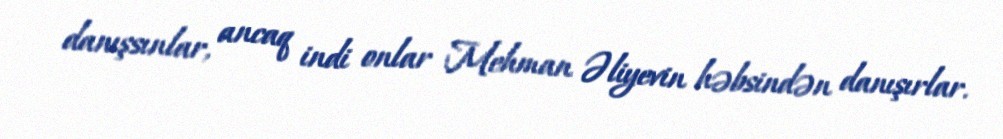
danışsınlar, ancaq indi onlar Mehman Əliyevin həbsindən danışırlar.